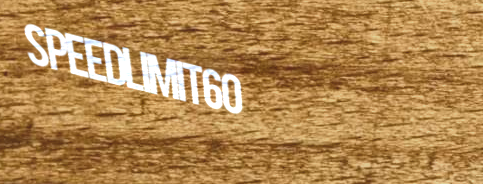
SpeedLimit60